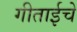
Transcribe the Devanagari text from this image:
गीताईचे